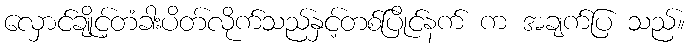
လှောင်ချိုင့်တံခါးပိတ်လိုက်သည်နှင့်တစ်ပြိုင်နက် က အချက်ပြ သည်။